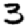
Digit: 3